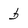
Character: b